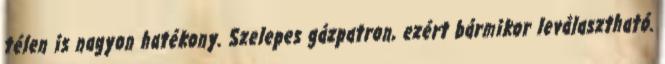
télen is nagyon hatékony. Szelepes gázpatron, ezért bármikor leválasztható.